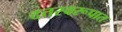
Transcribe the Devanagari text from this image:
दत्तस्वरूपात